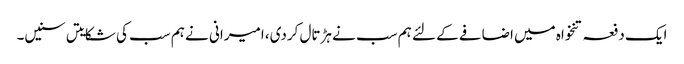
ایک دفعہ تنخواہ میں اضافے کے لئے ہم سب نے ہڑتال کردی، امیرانی نے ہم سب کی شکایتں سنیں۔